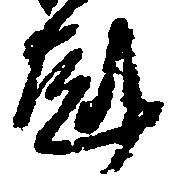
剋